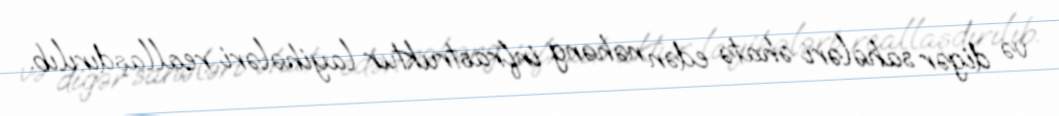
və digər sahələri əhatə edən nəhəng infrastruktur layihələri reallaşdırılıb.